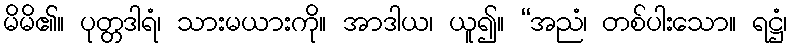
မိမိ၏။ ပုတ္တဒါရံ၊ သားမယားကို။ အာဒါယ၊ ယူ၍။ “အညံ၊ တစ်ပါးသော။ ရဋ္ဌံ၊